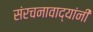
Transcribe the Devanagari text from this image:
संरचनावाद्यांनी